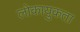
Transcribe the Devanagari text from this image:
लोकायुकता